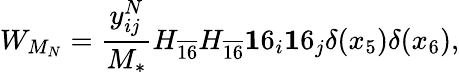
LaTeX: W_{M_{N}}=\frac{y_{ij}^{N}}{M_{*}}H_{\overline{{{16}}}}H_{\overline{{{16}}}}{\mathbf 16}_{i}{\mathbf 16}_{j}\delta(x_{5})\delta(x_{6}),